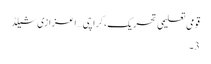
قومی تعلیمی تحریک،کراچی… اعزازی شیلڈ
3۔